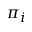
\pi _ { i }